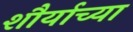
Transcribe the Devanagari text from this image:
शौर्याच्या